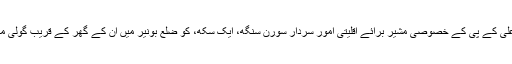
اپریل 2016 میں، وزیرِ اعلیٰ کے پی کے خصوصی مشیر برائے اقلیتی امور سردار سورن سنگھ، ایک سکھ، کو ضلع بونیر میں ان کے گھر کے قریب گولی مار کر ہلاک کر دیا گیا تھا۔